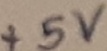
Text: +5V